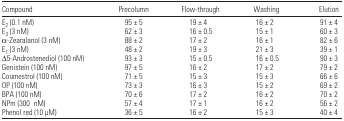
<table><thead><tr><td><b>Compound</b></td><td><b>Precolumn</b></td><td><b>Flow-through</b></td><td><b>Washing</b></td><td><b>Elution</b></td></tr></thead><tbody><tr><td>E<sub>2</sub> (0.1 nM)</td><td>95 ± 5</td><td>19 ± 4</td><td>16 ± 2</td><td>91 ± 4</td></tr><tr><td>E<sub>3</sub> (3 nM)</td><td>62 ± 3</td><td>16 ± 0.5</td><td>15 ± 1</td><td>60 ± 3</td></tr><tr><td>α -Zearalanol (3 nM)</td><td>88 ± 2</td><td>17 ± 2</td><td>16 ± 1</td><td>82 ± 6</td></tr><tr><td>E<sub>1</sub> (3 nM)</td><td>48 ± 2</td><td>19 ± 3</td><td>21 ± 3</td><td>39 ± 1</td></tr><tr><td>Δ5-Androstenediol (100 nM)</td><td>93 ± 3</td><td>15 ± 0.5</td><td>16 ± 0.5</td><td>90 ± 3</td></tr><tr><td>Genistein (100 nM)</td><td>97 ± 5</td><td>16 ± 2</td><td>17 ± 2</td><td>79 ± 2</td></tr><tr><td>Coumestrol (100 nM)</td><td>71 ± 5</td><td>15 ± 3</td><td>15 ± 3</td><td>66 ± 6</td></tr><tr><td>OP (100 nM)</td><td>73 ± 3</td><td>16 ± 3</td><td>15 ± 2</td><td>69 ± 2</td></tr><tr><td>BPA (100 nM)</td><td>70 ± 6</td><td>17 ± 2</td><td>16 ± 2</td><td>70 ± 2</td></tr><tr><td>NPm (300 nM)</td><td>57 ± 4</td><td>17 ± 1</td><td>16 ± 2</td><td>56 ± 2</td></tr><tr><td>Phenol red (10 μM)</td><td>36 ± 5</td><td>16 ± 2</td><td>15 ± 3</td><td>40 ± 4</td></tr></tbody></table>